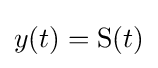
y(t)=\operatorname {S} (t)